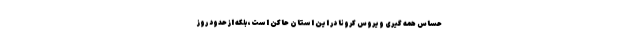
حساس همه گیری ویروس کرونا در این استان حاکن است، بلکه از حدود روز